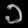
Digit: ၁